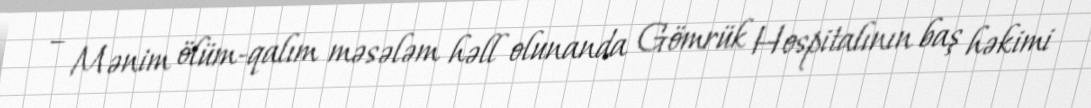
– Mənim ölüm-qalım məsələm həll olunanda Gömrük Hospitalının baş həkimi